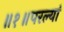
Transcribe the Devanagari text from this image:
॥१॥परल्यां